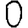
Digit: 0